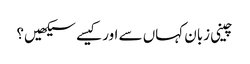
چینی زبان کہاں سے اور کیسے سیکھیں؟